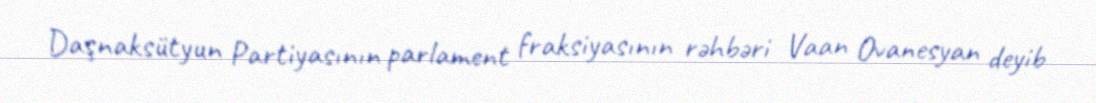
Daşnaksütyun Partiyasının parlament fraksiyasının rəhbəri Vaan Ovanesyan deyib